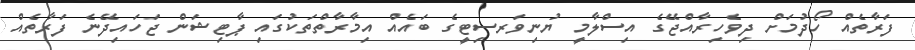
ފަރާތެއް ހޯދުމަށް ދިވެހިރާއްޖޭގެ އިސްލާމީ ޔުނިވަރސިޓީގެ ބައެއް އިމާރާތްތަކުގައި ޕާޓިޝަން ޖަހައިދޭނެ ފަރާތެއް